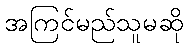
အကြင်မည်သူမဆို